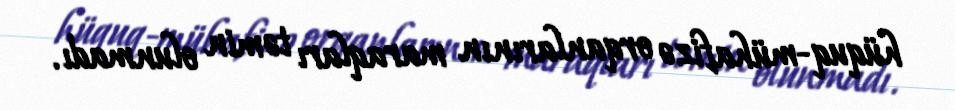
hüquq-mühafizə orqanlarının maraqları təmin olunmadı.